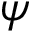
\boldsymbol { \psi }